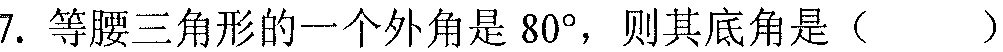
7. 等腰三角形的一个外角是 \(80^{\circ}\)，则其底角是（  ）